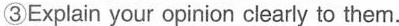
③Explain your opinion clearly to them.